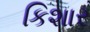
કિશાર